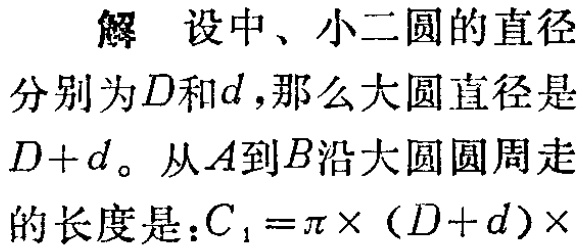
解 设中、小二圆的直径
分别为\(D\)和\(d\)，那么大圆直径是
\(D + d\)。从\(A\)到\(B\)沿大圆圆周走
的长度是：\(C_{1}=\pi\times (D + d)\times\)